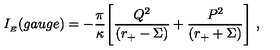
I _ { \phantom { } _ { E } } ( g a u g e ) = - \frac { \pi } { \kappa } \Biggl [ \frac { Q ^ { 2 } } { ( r _ { + } - \Sigma ) } + \frac { P ^ { 2 } } { ( r _ { + } + \Sigma ) } \Biggr ] \ ,